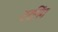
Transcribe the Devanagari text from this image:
टरनिंग